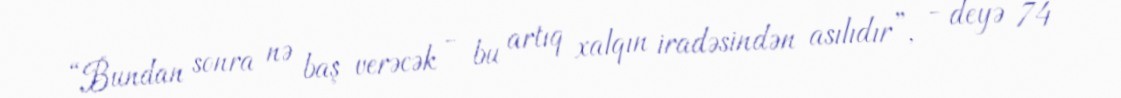
“Bundan sonra nə baş verəcək - bu artıq xalqın iradəsindən asılıdır”, - deyə 74